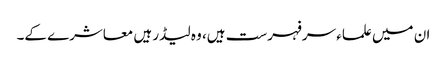
ان میں علماء سرفہرست ہیں، وہ لیڈر ہیں معاشرے کے۔